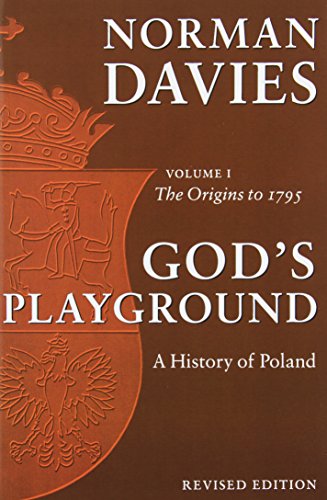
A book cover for God's Playground: A History of Poland, Vol. 1: The Origins to 1795 (Volume 1); Norman Davies; History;